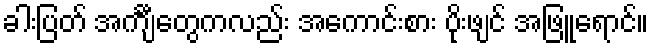
ခါးပြတ် အင်္ကျီတွေကလည်း အကောင်းစား ပိုးဖျင် အဖြူရောင်။